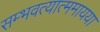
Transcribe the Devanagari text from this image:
सम्भवत्यात्ममायया